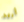
أريد